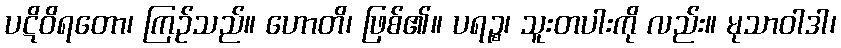
ပဋိဝိရတော၊ ကြဉ်သည်။ ဟောတိ၊ ဖြစ်၏။ ပရဉ္စ၊ သူးတပါးကို လည်း။ မုသာဝါဒါ၊